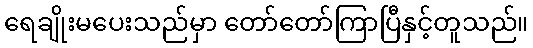
ရေချိုးမပေးသည်မှာ တော်တော်ကြာပြီနှင့်တူသည်။